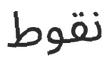
نقوط